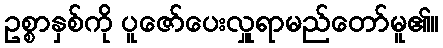
ဥစ္စာနှစ်ကို ပူဇော်ပေးလှူရာမည်တော်မူ၏။